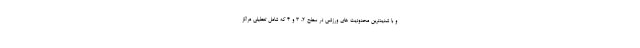
و با شدیدترین محدودیت های ورزشی در سطح ۲، ۳ و ۴ که شامل تعطیلی مراکز